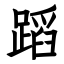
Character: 蹈